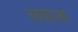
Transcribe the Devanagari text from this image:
लवाज़ा